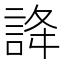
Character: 𧧭